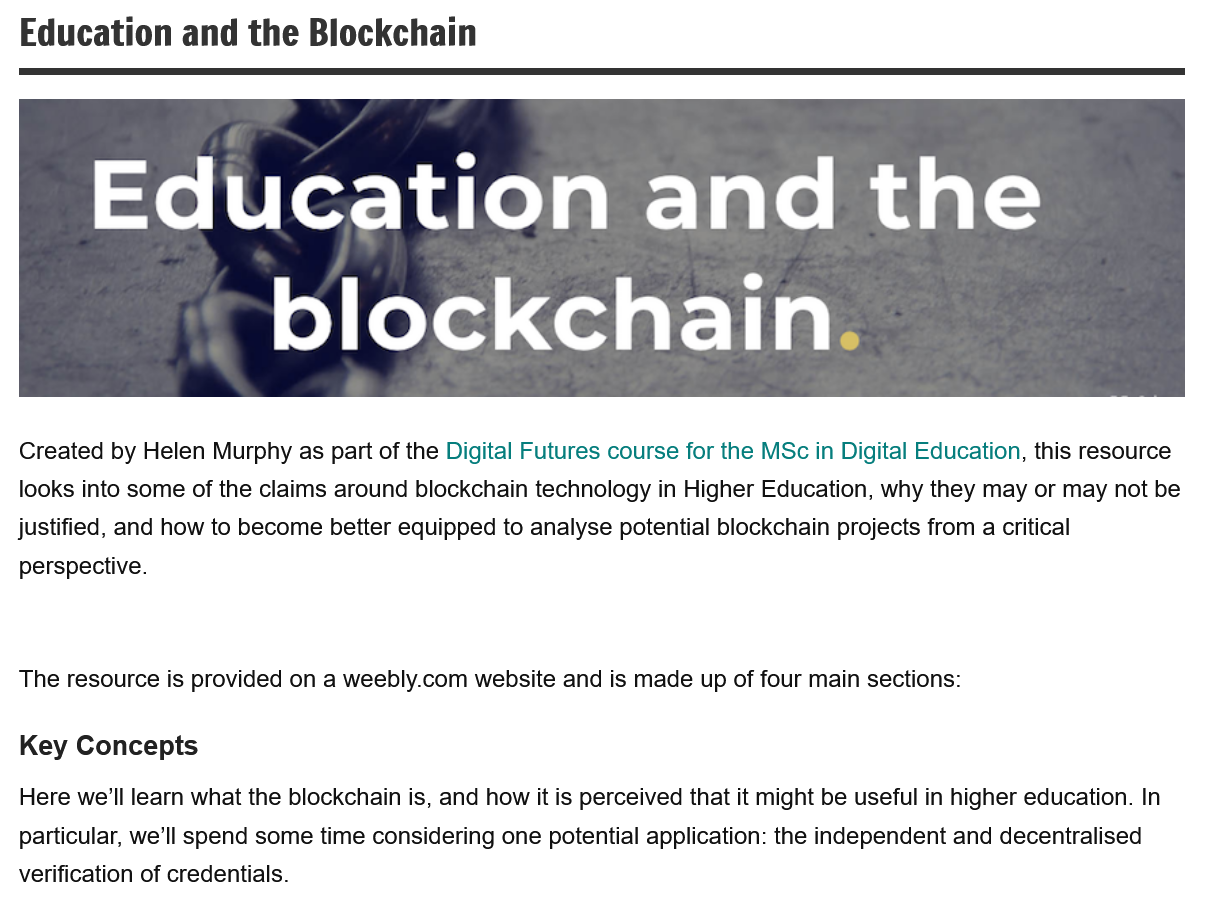
Education    and  the  Blockchain
     Education    and    the
     blockchain.
  Created by Helen Murphy as part of the Digital Futures course for the MSc in Digital Education, this resource
  looks into some of the claims around blockchain technology in Higher Education, why they may or may not be
  justified, and how to become better equipped to analyse potential blockchain projects from a critical
  perspective.
  The resource is provided on a weebly.com website and is made up of four main sections:
  Key  Concepts
  Here we'll learn what the blockchain is, and how it is perceived that it might be useful in higher education. In
  particular, we'll spend some time considering one potential application: the independent and decentralised
  verification of credentials.